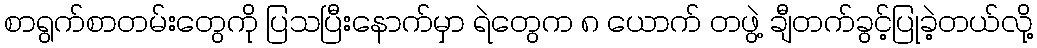
စာရွက်စာတမ်းတွေကို ပြသပြီးနောက်မှာ ရဲတွေက ၈ ယောက် တဖွဲ့ ချီတက်ခွင့်ပြုခဲ့တယ်လို့